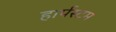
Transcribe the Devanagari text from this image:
हार्पस्टम